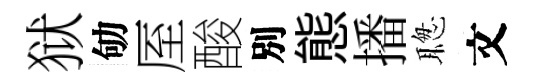
狱劬厔酸別態播聦文